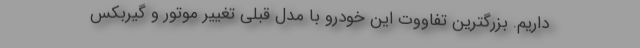
داریم. بزرگترین تفاووت این خودرو با مدل قبلی تغییر موتور و گیربکس